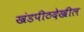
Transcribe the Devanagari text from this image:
खंडपीठदेखील